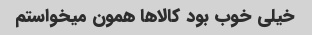
خیلی خوب بود کالاها همون میخواستم